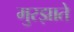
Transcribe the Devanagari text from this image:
मुरझाते